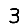
Digit: 3